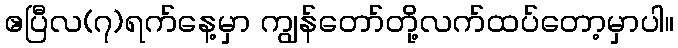
ဧပြီလ(၇)ရက်နေ့မှာ ကျွန်တော်တို့လက်ထပ်တော့မှာပါ။